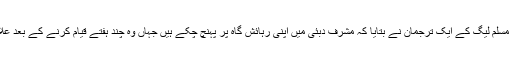
مشرف کی سیاسی جماعت آل پاکستان مسلم لیگ کے ایک ترجمان نے بتایا کہ مشرف دبئی میں اپنی رہائش گاہ پر پہنچ چکے ہیں جہاں وہ چند ہفتے قیام کرنے کے بعد علاج کی غرض سے امریکا جائیں گے۔